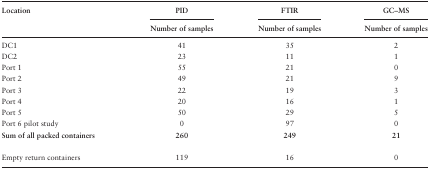
<table><thead><tr><td><b>Location</b></td><td><b>PID</b></td><td><b>FTIR</b></td><td><b>GC–MS</b></td></tr><tr><td></td><td><b>Number of samples</b></td><td><b>Number of samples</b></td><td><b>Number of samples</b></td></tr></thead><tbody><tr><td>DC1</td><td>41</td><td>35</td><td>2</td></tr><tr><td>DC2</td><td>23</td><td>11</td><td>1</td></tr><tr><td>Port 1</td><td>55</td><td>21</td><td>0</td></tr><tr><td>Port 2</td><td>49</td><td>21</td><td>9</td></tr><tr><td>Port 3</td><td>22</td><td>19</td><td>3</td></tr><tr><td>Port 4</td><td>20</td><td>16</td><td>1</td></tr><tr><td>Port 5</td><td>50</td><td>29</td><td>5</td></tr><tr><td>Port 6 pilot study</td><td>0</td><td>97</td><td>0</td></tr><tr><td><b>Sum of all packed containers</b></td><td><b>260</b></td><td><b>249</b></td><td><b>21</b></td></tr><tr><td>Empty return containers</td><td>119</td><td>16</td><td>0</td></tr></tbody></table>